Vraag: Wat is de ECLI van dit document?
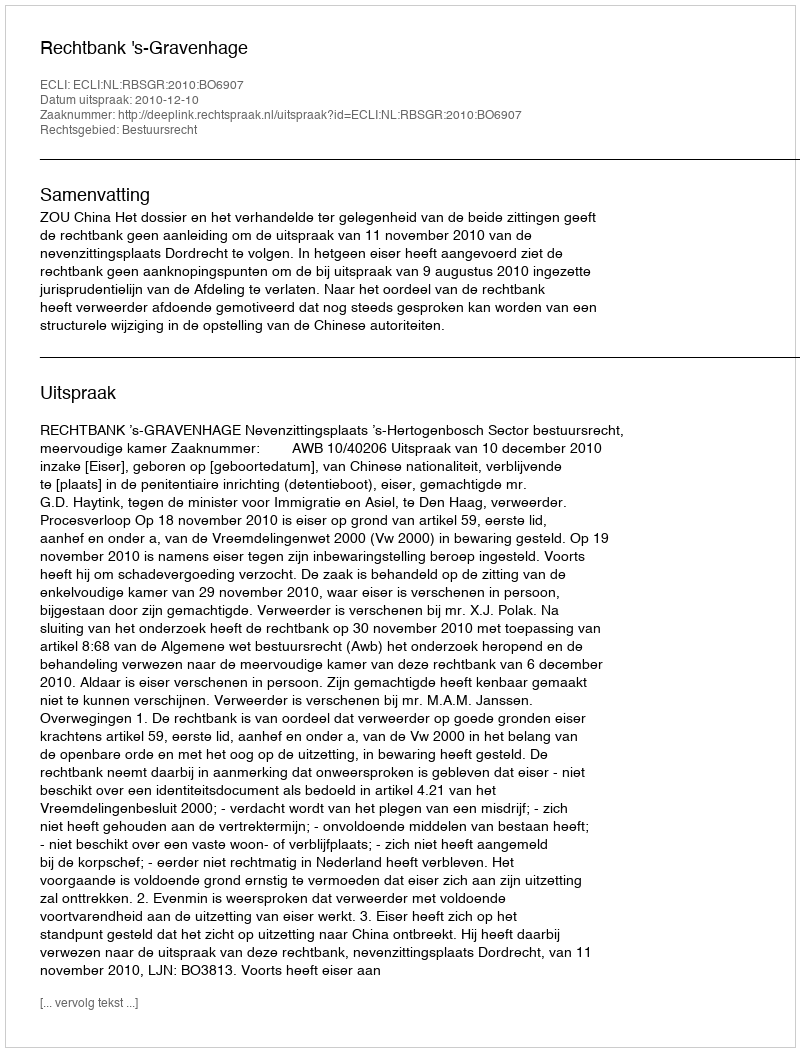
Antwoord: ECLI:NL:RBSGR:2010:BO6907